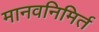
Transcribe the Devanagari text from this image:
मानवनिमिर्त